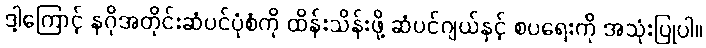
ဒါ့ကြောင့် နဂိုအတိုင်းဆံပင်ပုံစံကို ထိန်းသိန်းဖို့ ဆံပင်ဂျယ်နှင့် စပရေးကို အသုံးပြုပါ။